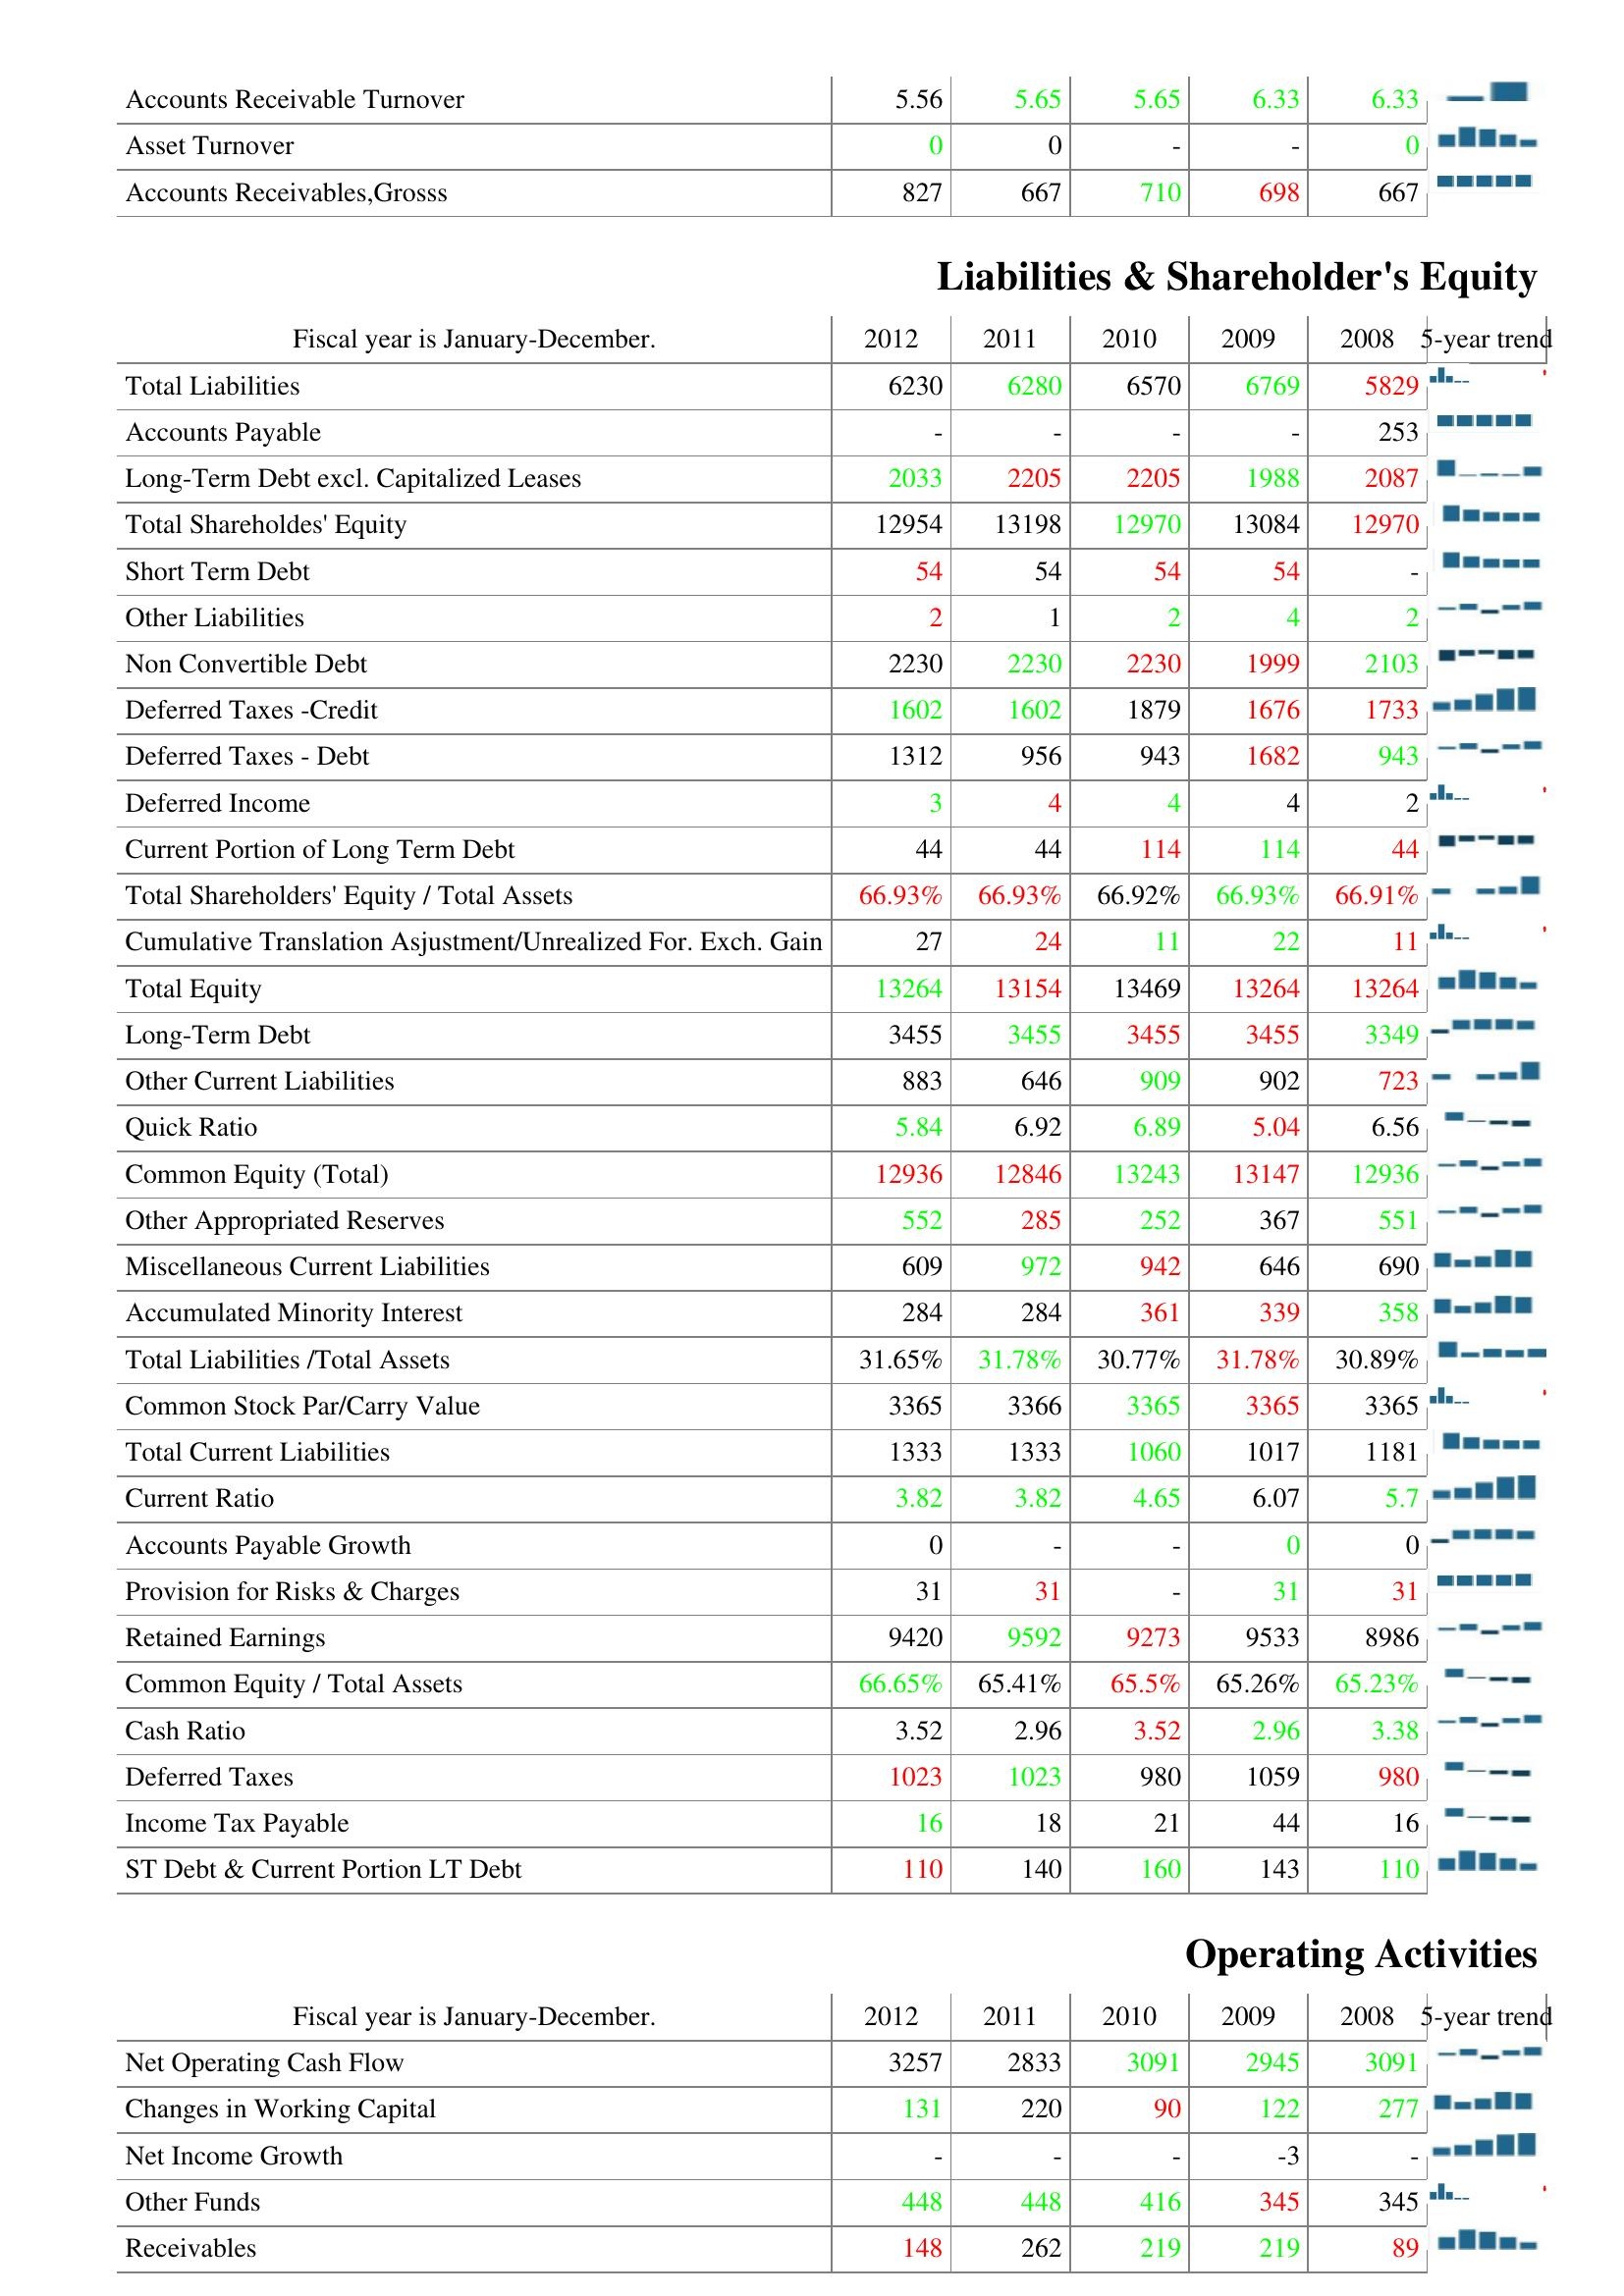
2012: Assets: Accounts Receivable Turnover: 5.56
Asset Turnover: 0
Accounts Receivables,Grosss: 827
Liabilities & Shareholder's Equity: Total Liabilities: 6230
Accounts Payable: -
Long-Term Debt excl. Capitalized Leases: 2033
Total Shareholdes' Equity: 12954
Short Term Debt: 54
Other Liabilities: 2
Non Convertible Debt: 2230
Deferred Taxes -Credit: 1602
Deferred Taxes - Debt: 1312
Deferred Income: 3
Current Portion of Long Term Debt: 44
Total Shareholders' Equity / Total Assets: 66.93%
Cumulative Translation Asjustment/Unrealized For. Exch. Gain: 27
Total Equity: 13264
Long-Term Debt: 3455
Other Current Liabilities: 883
Quick Ratio: 5.84
Common Equity (Total): 12936
Other Appropriated Reserves: 552
Miscellaneous Current Liabilities: 609
Accumulated Minority Interest: 284
Total Liabilities /Total Assets: 31.65%
Common Stock Par/Carry Value: 3365
Total Current Liabilities: 1333
Current Ratio: 3.82
Accounts Payable Growth: 0
Provision for Risks & Charges: 31
Retained Earnings: 9420
Common Equity / Total Assets: 66.65%
Cash Ratio: 3.52
Deferred Taxes: 1023
Income Tax Payable: 16
ST Debt & Current Portion LT Debt: 110
Operating Activities: Net Operating Cash Flow: 3257
Changes in Working Capital: 131
Net Income Growth: -
Other Funds: 448
Receivables: 148
2011: Assets: Accounts Receivable Turnover: 5.65
Asset Turnover: 0
Accounts Receivables,Grosss: 667
Liabilities & Shareholder's Equity: Total Liabilities: 6280
Accounts Payable: -
Long-Term Debt excl. Capitalized Leases: 2205
Total Shareholdes' Equity: 13198
Short Term Debt: 54
Other Liabilities: 1
Non Convertible Debt: 2230
Deferred Taxes -Credit: 1602
Deferred Taxes - Debt: 956
Deferred Income: 4
Current Portion of Long Term Debt: 44
Total Shareholders' Equity / Total Assets: 66.93%
Cumulative Translation Asjustment/Unrealized For. Exch. Gain: 24
Total Equity: 13154
Long-Term Debt: 3455
Other Current Liabilities: 646
Quick Ratio: 6.92
Common Equity (Total): 12846
Other Appropriated Reserves: 285
Miscellaneous Current Liabilities: 972
Accumulated Minority Interest: 284
Total Liabilities /Total Assets: 31.78%
Common Stock Par/Carry Value: 3366
Total Current Liabilities: 1333
Current Ratio: 3.82
Accounts Payable Growth: -
Provision for Risks & Charges: 31
Retained Earnings: 9592
Common Equity / Total Assets: 65.41%
Cash Ratio: 2.96
Deferred Taxes: 1023
Income Tax Payable: 18
ST Debt & Current Portion LT Debt: 140
Operating Activities: Net Operating Cash Flow: 2833
Changes in Working Capital: 220
Net Income Growth: -
Other Funds: 448
Receivables: 262
2010: Assets: Accounts Receivable Turnover: 5.65
Asset Turnover: -
Accounts Receivables,Grosss: 710
Liabilities & Shareholder's Equity: Total Liabilities: 6570
Accounts Payable: -
Long-Term Debt excl. Capitalized Leases: 2205
Total Shareholdes' Equity: 12970
Short Term Debt: 54
Other Liabilities: 2
Non Convertible Debt: 2230
Deferred Taxes -Credit: 1879
Deferred Taxes - Debt: 943
Deferred Income: 4
Current Portion of Long Term Debt: 114
Total Shareholders' Equity / Total Assets: 66.92%
Cumulative Translation Asjustment/Unrealized For. Exch. Gain: 11
Total Equity: 13469
Long-Term Debt: 3455
Other Current Liabilities: 909
Quick Ratio: 6.89
Common Equity (Total): 13243
Other Appropriated Reserves: 252
Miscellaneous Current Liabilities: 942
Accumulated Minority Interest: 361
Total Liabilities /Total Assets: 30.77%
Common Stock Par/Carry Value: 3365
Total Current Liabilities: 1060
Current Ratio: 4.65
Accounts Payable Growth: -
Provision for Risks & Charges: -
Retained Earnings: 9273
Common Equity / Total Assets: 65.5%
Cash Ratio: 3.52
Deferred Taxes: 980
Income Tax Payable: 21
ST Debt & Current Portion LT Debt: 160
Operating Activities: Net Operating Cash Flow: 3091
Changes in Working Capital: 90
Net Income Growth: -
Other Funds: 416
Receivables: 219
2009: Assets: Accounts Receivable Turnover: 6.33
Asset Turnover: -
Accounts Receivables,Grosss: 698
Liabilities & Shareholder's Equity: Total Liabilities: 6769
Accounts Payable: -
Long-Term Debt excl. Capitalized Leases: 1988
Total Shareholdes' Equity: 13084
Short Term Debt: 54
Other Liabilities: 4
Non Convertible Debt: 1999
Deferred Taxes -Credit: 1676
Deferred Taxes - Debt: 1682
Deferred Income: 4
Current Portion of Long Term Debt: 114
Total Shareholders' Equity / Total Assets: 66.93%
Cumulative Translation Asjustment/Unrealized For. Exch. Gain: 22
Total Equity: 13264
Long-Term Debt: 3455
Other Current Liabilities: 902
Quick Ratio: 5.04
Common Equity (Total): 13147
Other Appropriated Reserves: 367
Miscellaneous Current Liabilities: 646
Accumulated Minority Interest: 339
Total Liabilities /Total Assets: 31.78%
Common Stock Par/Carry Value: 3365
Total Current Liabilities: 1017
Current Ratio: 6.07
Accounts Payable Growth: 0
Provision for Risks & Charges: 31
Retained Earnings: 9533
Common Equity / Total Assets: 65.26%
Cash Ratio: 2.96
Deferred Taxes: 1059
Income Tax Payable: 44
ST Debt & Current Portion LT Debt: 143
Operating Activities: Net Operating Cash Flow: 2945
Changes in Working Capital: 122
Net Income Growth: -3
Other Funds: 345
Receivables: 219
2008: Assets: Accounts Receivable Turnover: 6.33
Asset Turnover: 0
Accounts Receivables,Grosss: 667
Liabilities & Shareholder's Equity: Total Liabilities: 5829
Accounts Payable: 253
Long-Term Debt excl. Capitalized Leases: 2087
Total Shareholdes' Equity: 12970
Short Term Debt: -
Other Liabilities: 2
Non Convertible Debt: 2103
Deferred Taxes -Credit: 1733
Deferred Taxes - Debt: 943
Deferred Income: 2
Current Portion of Long Term Debt: 44
Total Shareholders' Equity / Total Assets: 66.91%
Cumulative Translation Asjustment/Unrealized For. Exch. Gain: 11
Total Equity: 13264
Long-Term Debt: 3349
Other Current Liabilities: 723
Quick Ratio: 6.56
Common Equity (Total): 12936
Other Appropriated Reserves: 551
Miscellaneous Current Liabilities: 690
Accumulated Minority Interest: 358
Total Liabilities /Total Assets: 30.89%
Common Stock Par/Carry Value: 3365
Total Current Liabilities: 1181
Current Ratio: 5.7
Accounts Payable Growth: 0
Provision for Risks & Charges: 31
Retained Earnings: 8986
Common Equity / Total Assets: 65.23%
Cash Ratio: 3.38
Deferred Taxes: 980
Income Tax Payable: 16
ST Debt & Current Portion LT Debt: 110
Operating Activities: Net Operating Cash Flow: 3091
Changes in Working Capital: 277
Net Income Growth: -
Other Funds: 345
Receivables: 89